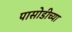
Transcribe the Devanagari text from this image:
पासोडीच्या